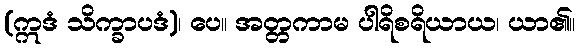
(ဣဒံ သိက္ခာပဒံ)၊ ပေ။ အတ္တကာမ ပါရိစရိယာယ၊ ယာ၏။